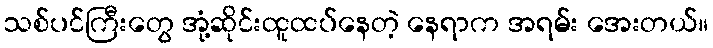
သစ်ပင်ကြီးတွေ အုံ့ဆိုင်းထူထပ်နေတဲ့ နေရာက အရမ်း အေးတယ်။